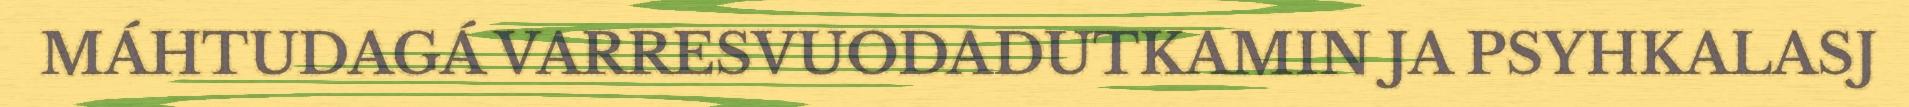
MÁHTUDAGÁ VARRESVUODADUTKAMIN JA PSYHKALASJ